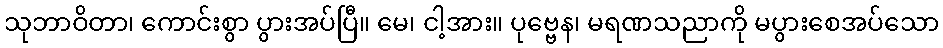
သုဘာဝိတာ၊ ကောင်းစွာ ပွားအပ်ပြီ။ မေ၊ ငါ့အား။ ပုဗ္ဗေန၊ မရဏသညာကို မပွားစေအပ်သော